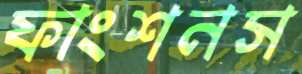
ফাংশনস